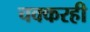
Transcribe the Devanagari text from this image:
चक्करही